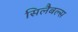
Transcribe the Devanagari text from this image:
सिलैबल्स